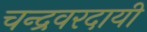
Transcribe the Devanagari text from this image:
चन्द्रवरदायी